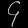
Digit: ၄